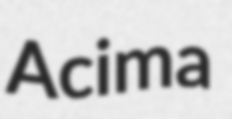
Acima